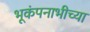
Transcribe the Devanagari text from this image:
भूकंपनाभीच्या